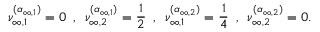
\nu _ { \infty , 1 } ^ { ( \boldsymbol { \alpha } _ { { \infty , 1 } } ) } = 0 \, \, \, , \, \, \, \nu _ { \infty , 2 } ^ { ( \boldsymbol { \alpha } _ { { \infty , 1 } } ) } = \frac { 1 } { 2 } \, \, \, , \, \, \, \nu _ { \infty , 1 } ^ { ( \boldsymbol { \alpha } _ { { \infty , 2 } } ) } = \frac { 1 } { 4 } \, \, \, , \, \, \, \nu _ { \infty , 2 } ^ { ( \boldsymbol { \alpha } _ { { \infty , 2 } } ) } = 0 .